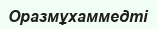
Оразмұхаммедті